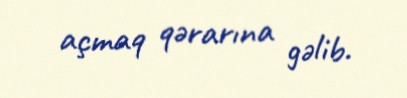
açmaq qərarına gəlib.